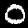
Label: 0